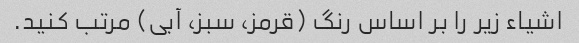
اشیاء زیر را بر اساس رنگ (قرمز، سبز، آبی) مرتب کنید.